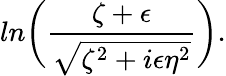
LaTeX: ln\biggl({\frac{\zeta+\epsilon}{\sqrt{\zeta^{2}+i\epsilon\eta^{2}}}}\biggr).